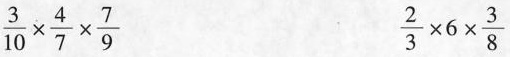
$$\frac{3}{10}\times \frac{4}{7}\times \frac{7}{9}$$ $$\frac{2}{3}\times 6 \times \frac{3}{8}$$